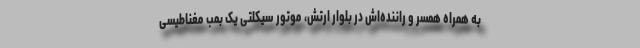
به همراه همسر و راننده‌اش در بلوار ارتش، موتور سیکلتی یک بمب مغناطیسی